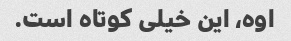
اوه، این خیلی کوتاه است.